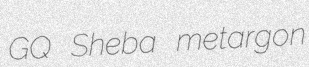
GQ Sheba metargon